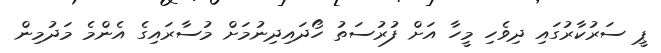
ޕީ ސަރުކާރުގައި ދިވެހި މީހާ އަށް ފުރުސަތު ހޯދައިދިނުމަށް މުސާރައިގެ އެންމެ މަދުމިން